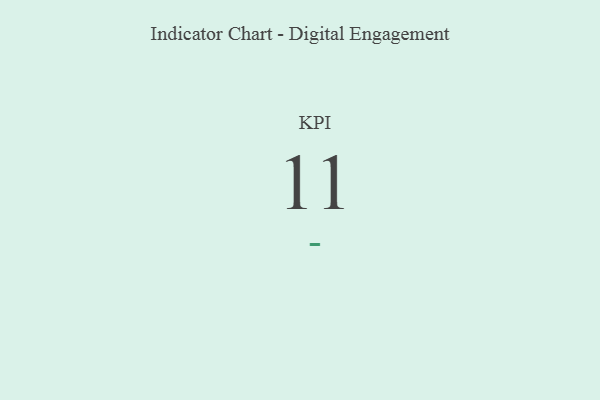
{"axis": {"x": "KPI", "y": "Value"}, "legend": [""], "data": [{"x": "KPI", "y": 11, "type": ""}]}